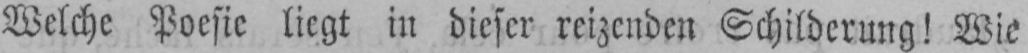
Welche Poesie liegt in dieser reizenden Schilderung! Wie